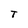
Character: T